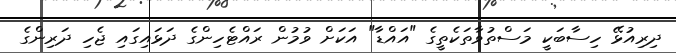
ދިރިއުޅޭ ހިސާބަކީ މަސްތުވާތަކެތީގެ "އައްޑާ" އަކަށް ވުމުން ރައްޓެހިންގެ ދަޅައިގައި ޖެހި ދަރިންގެ